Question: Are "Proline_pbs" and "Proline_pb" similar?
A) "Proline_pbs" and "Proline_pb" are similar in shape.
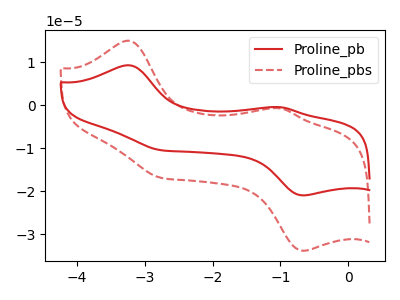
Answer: <think>The red curve "Proline_pb" has anodic peaks at (-3.25V, 9.30uA) (-1.00V, -0.45uA) and cathodic peaks at (-0.65V, -20.95uA) (-2.75V, -10.45uA). The red dashed curve "Proline_pbs" has anodic peaks at (-3.25V, 15.00uA) (-1.00V, -0.75uA) and cathodic peaks at (-0.65V, -33.80uA) (-2.75V, -16.85uA).
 All the peaks in "Proline_pbs" have a peak in "Proline_pb" at the same potential.</think>
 <answer>A) "Proline_pbs" and "Proline_pb" are similar in shape.</answer>
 <eval>A</eval>